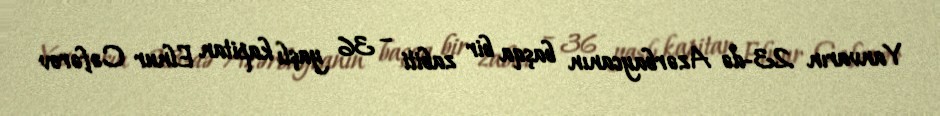
Yanvarın 23-də Azərbaycanın başqa bir zabiti – 36 yaşlı kapitan Elnur Cəfərov